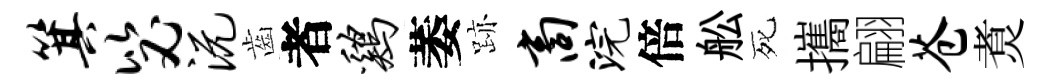
箕毖沅齒者鸡萎跡商浣倍舩死攜翩苍煑